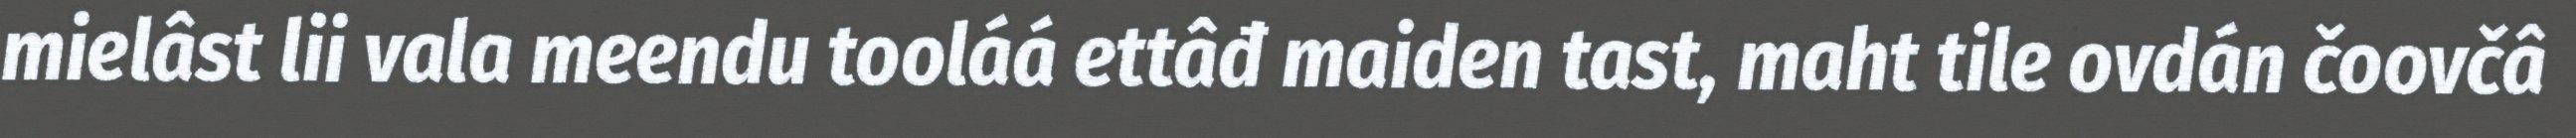
mielâst lii vala meendu tooláá ettâđ maiden tast, maht tile ovdán čoovčâ